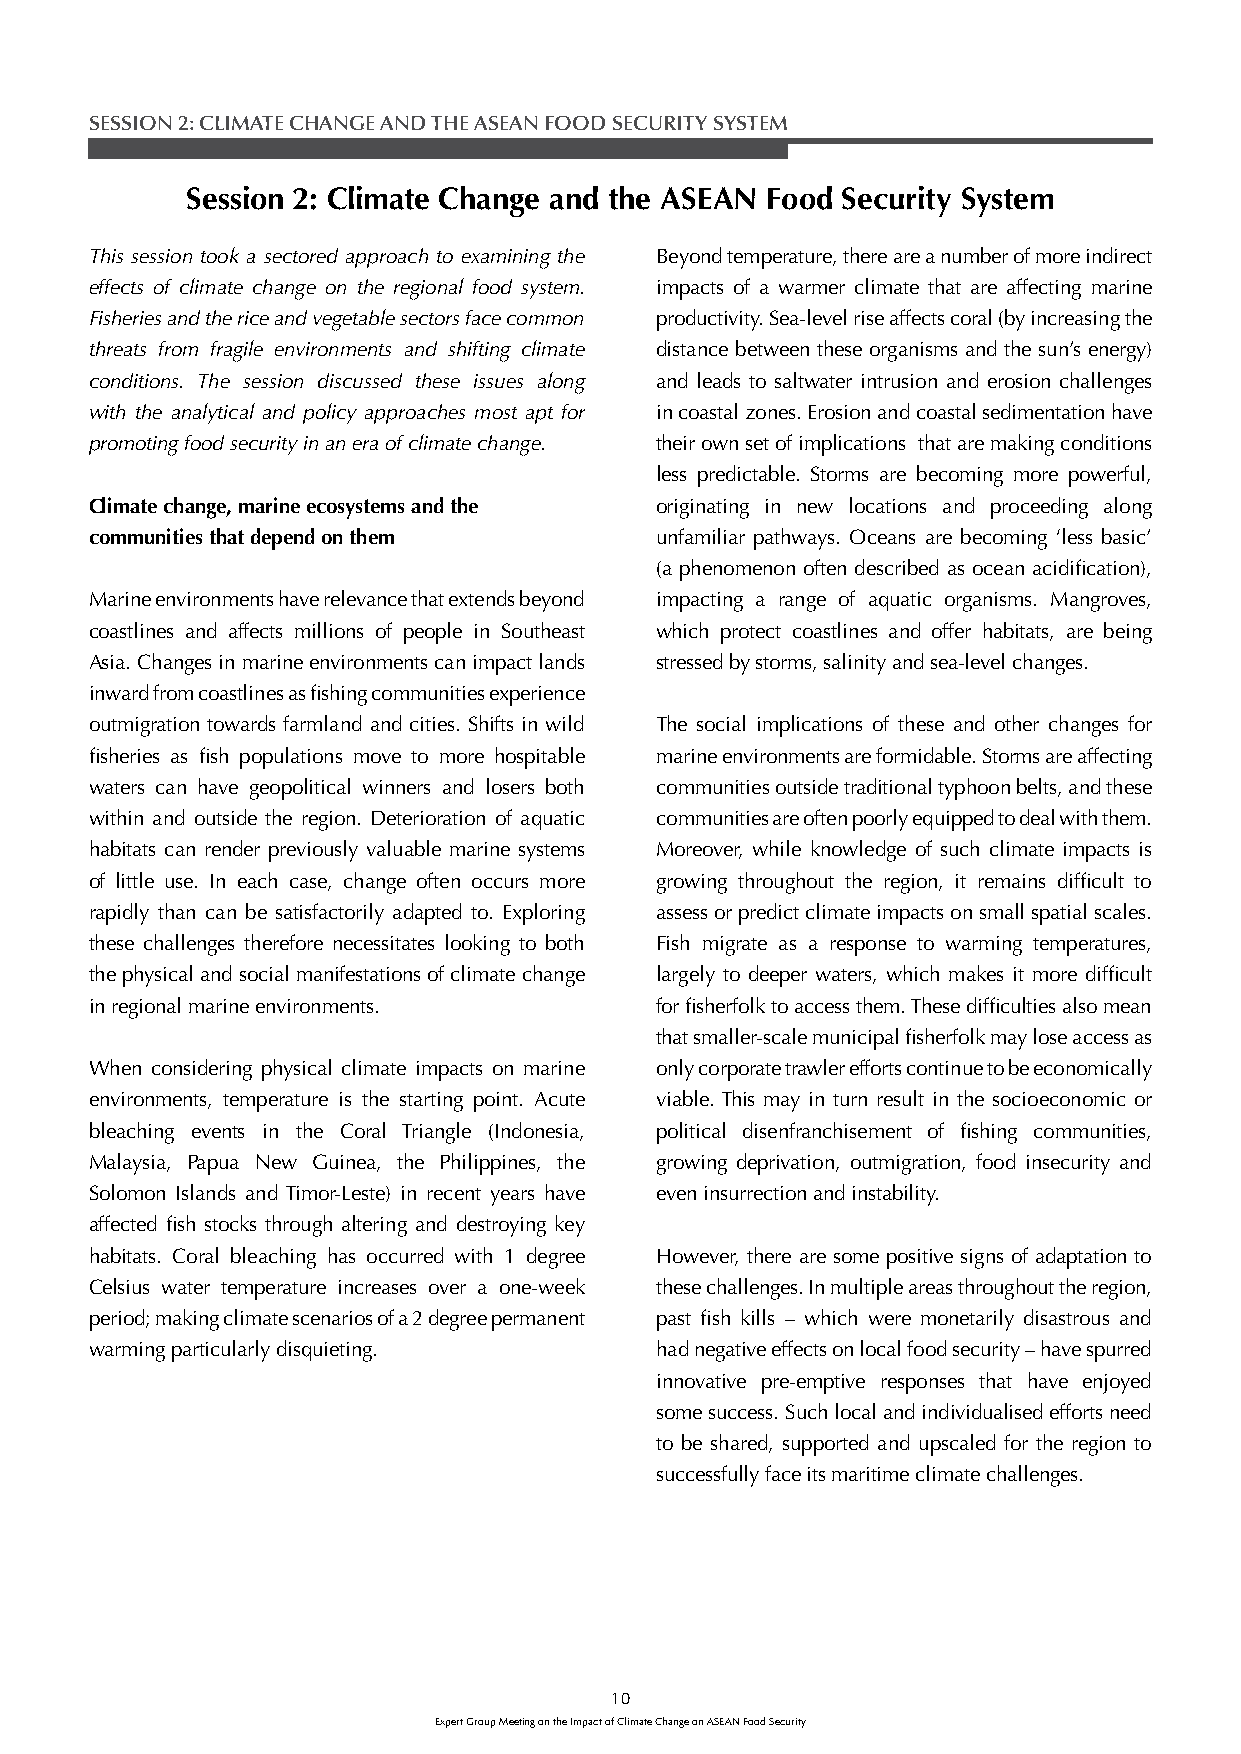
SESSION 2: CLIMATE CHANGE AND THE ASEAN FOOD SECURITY SYSTEM
 Session 2: Climate Change and the ASEAN Food Security System
 This session took a sectored approach to examining the Beyond temperature, there are a number of more indirect
 effects of climate change on the regional food system. impacts of a warmer climate that are affecting marine
 Fisheries and the rice and vegetable sectors face common productivity. Sea-level rise affects coral (by increasing the
 threats from fragile environments and shifting climate distance between these organisms and the sun’s energy)
 conditions. The session discussed these issues along and leads to saltwater intrusion and erosion challenges
 with the analytical and policy approaches most apt for in coastal zones. Erosion and coastal sedimentation have
 promoting food security in an era of climate change. their own set of implications that are making conditions
 less predictable. Storms are becoming more powerful,
 Climate change, marine ecosystems and the originating in new locations and proceeding along
 communities that depend on them      unfamiliar pathways. Oceans are becoming ‘less basic’
 (a phenomenon often described as ocean acidifi cation),
 Marine environments have relevance that extends beyond impacting a range of aquatic organisms. Mangroves,
 coastlines and affects millions of people in Southeast which protect coastlines and offer habitats, are being
 Asia. Changes in marine environments can impact lands stressed by storms, salinity and sea-level changes.
 inward from coastlines as fi shing communities experience
 outmigration towards farmland and cities. Shifts in wild The social implications of these and other changes for
 fi sheries as fi sh populations move to more hospitable marine environments are formidable. Storms are affecting
 waters can have geopolitical winners and losers both communities outside traditional typhoon belts, and these
 within and outside the region. Deterioration of aquatic communities are often poorly equipped to deal with them.
 habitats can render previously valuable marine systems Moreover, while knowledge of such climate impacts is
 of little use. In each case, change often occurs more growing throughout the region, it remains diffi cult to
 rapidly than can be satisfactorily adapted to. Exploring assess or predict climate impacts on small spatial scales.
 these challenges therefore necessitates looking to both Fish migrate as a response to warming temperatures,
 the physical and social manifestations of climate change largely to deeper waters, which makes it more diffi cult
 in regional marine environments.     for fi sherfolk to access them. These diffi culties also mean
 that smaller-scale municipal fi sherfolk may lose access as
 When considering physical climate impacts on marine only corporate trawler efforts continue to be economically
 environments, temperature is the starting point. Acute viable. This may in turn result in the socioeconomic or
 bleaching events in the Coral Triangle (Indonesia, political disenfranchisement of fi shing communities,
 Malaysia, Papua New Guinea, the Philippines, the growing deprivation, outmigration, food insecurity and
 Solomon Islands and Timor-Leste) in recent years have even insurrection and instability.
 affected fi sh stocks through altering and destroying key
 habitats. Coral bleaching has occurred with 1 degree However, there are some positive signs of adaptation to
 Celsius water temperature increases over a one-week these challenges. In multiple areas throughout the region,
 period; making climate scenarios of a 2 degree permanent past fi sh kills – which were monetarily disastrous and
 warming particularly disquieting.    had negative effects on local food security – have spurred
 innovative pre-emptive responses that have enjoyed
 some success. Such local and individualised efforts need
 to be shared, supported and upscaled for the region to
 successfully face its maritime climate challenges.
 10
 Expert Group Meeting on the Impact of Climate Change on ASEAN Food Security